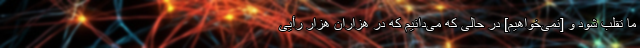
ما تقلب شود و [نمی‌خواهیم] در حالی که می‌دانیم که در هزاران هزار رأیی